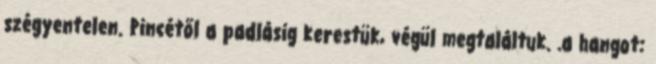
szégyentelen. Pincétől a padlásig kerestük, végül megtaláltuk. .a hangot: